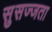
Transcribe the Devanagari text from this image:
सुसज्जता